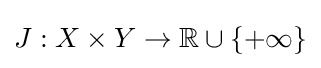
J:X\times Y\to \mathbb {R} \cup \{+\infty \}